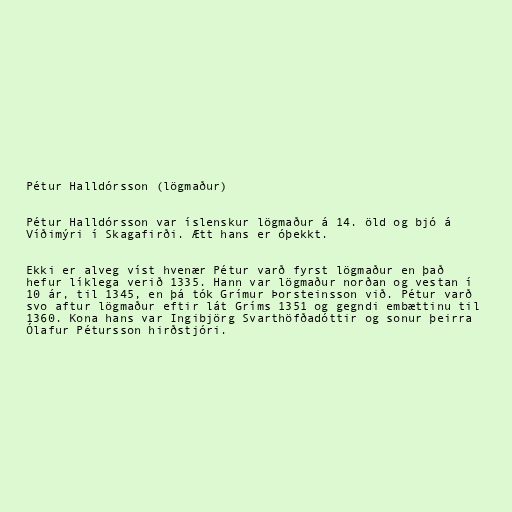
Pétur Halldórsson (lögmaður)

Pétur Halldórsson var íslenskur lögmaður á 14. öld og bjó á
Víðimýri í Skagafirði. Ætt hans er óþekkt.

Ekki er alveg víst hvenær Pétur varð fyrst lögmaður en það
hefur líklega verið 1335. Hann var lögmaður norðan og vestan í
10 ár, til 1345, en þá tók Grímur Þorsteinsson við. Pétur varð
svo aftur lögmaður eftir lát Gríms 1351 og gegndi embættinu til
1360. Kona hans var Ingibjörg Svarthöfðadóttir og sonur þeirra
Ólafur Pétursson hirðstjóri.